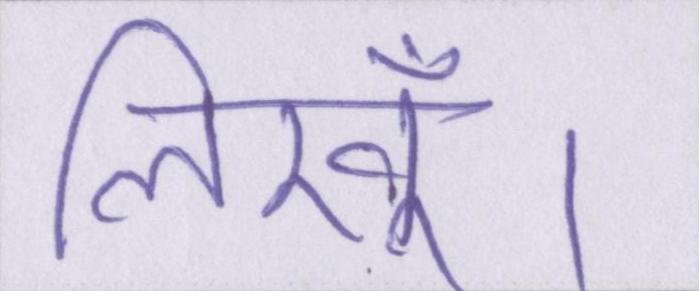
लिखूँ।